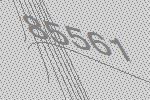
85561